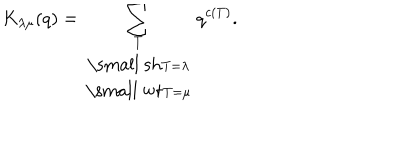
LaTeX: K _ { \lambda \mu } ( q ) = \sum _ { \begin{array} { c } { { \scriptstyle T } } \\ { { \mathrm { \small ~ s h } \scriptstyle T = \lambda } } \\ { { \mathrm { \small ~ w t } \scriptstyle T = \mu } } \\ \end{array} } q ^ { c ( T ) } .